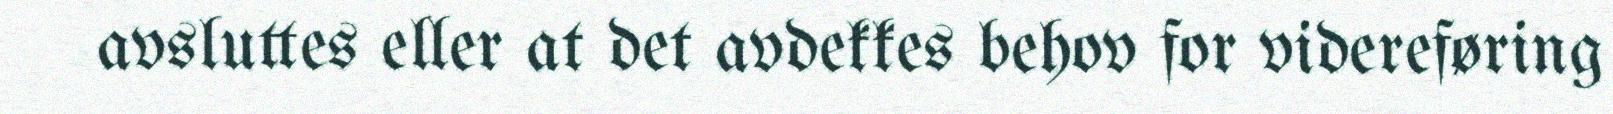
avsluttes eller at det avdekkes behov for videreføring